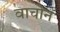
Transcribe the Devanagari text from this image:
वाचोन